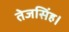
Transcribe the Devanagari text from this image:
तेजसिंह।